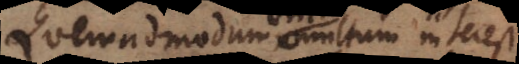
Quemadmodum multum interest